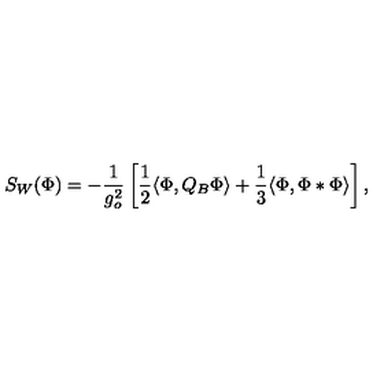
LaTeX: S _ { W } ( \Phi ) = - \frac { 1 } { g _ { o } ^ { 2 } } \left[ \frac { 1 } { 2 } \langle \Phi , Q _ { B } \Phi \rangle + \frac { 1 } { 3 } \langle \Phi , \Phi * \Phi \rangle \right] ,